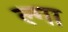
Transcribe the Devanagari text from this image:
ल्गा